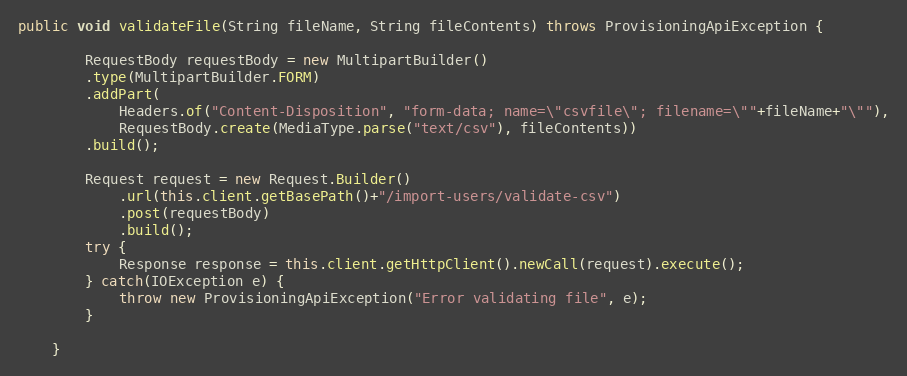
Language: Java
public void validateFile(String fileName, String fileContents) throws ProvisioningApiException {

		RequestBody requestBody = new MultipartBuilder()
		.type(MultipartBuilder.FORM)
		.addPart(
		  	Headers.of("Content-Disposition", "form-data; name=\"csvfile\"; filename=\""+fileName+"\""),
		  	RequestBody.create(MediaType.parse("text/csv"), fileContents))
		.build();

 		Request request = new Request.Builder()
			.url(this.client.getBasePath()+"/import-users/validate-csv")
			.post(requestBody)
			.build();
		try {
			Response response = this.client.getHttpClient().newCall(request).execute();
		} catch(IOException e) {
			throw new ProvisioningApiException("Error validating file", e);
		}

	}